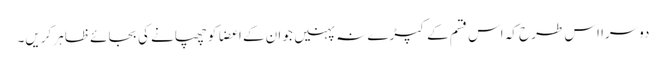
دوسرا اس طرح کہ اس قسم کے کپڑے نہ پہنیں جو ان کے اعضا کو چھپانے کی بجائے ظاہر کریں۔